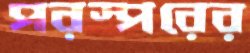
পরস্পরের